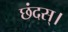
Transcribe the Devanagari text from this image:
छंदस्।